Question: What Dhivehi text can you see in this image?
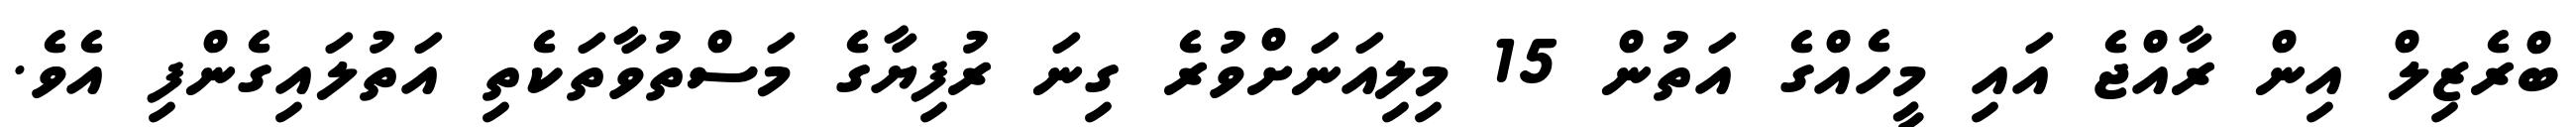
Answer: ބްރެޒިލް އިން ރާއްޖެ އައި މީހެއްގެ އަތުން 15 މިލިއަނަށްވުރެ ގިނަ ރުފިޔާގެ މަސްތުވާތަކެތި އަތުލައިގެންފި އެވެ.